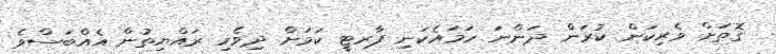
ގޮތަށް ވެރިކަން ކުރަން ދަންނަ ހަމައެކަނި ޕާރޓީ ކަމަށް ދިވެހި ރައްޔިތުން އެއްބަސްވެ